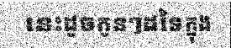
នេះដូចកូនៗដទៃក្នុង